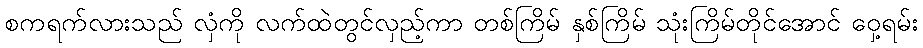
စကရက်လားသည် လှံကို လက်ထဲတွင်လှည့်ကာ တစ်ကြိမ် နှစ်ကြိမ် သုံးကြိမ်တိုင်အောင် ဝှေ့ရမ်း